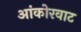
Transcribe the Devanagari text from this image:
आंकोरवाट